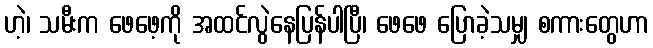
ဟဲ့၊ သမီးက ဖေဖေ့ကို အထင်လွဲနေပြန်ပါပြီ၊ ဖေဖေ ပြောခဲ့သမျှ စကားတွေဟာ